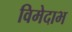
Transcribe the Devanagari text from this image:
विमेदाभ